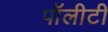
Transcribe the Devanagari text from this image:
पॉलीटी